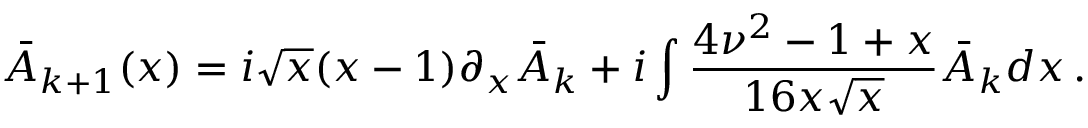
\bar { A } _ { k + 1 } ( x ) = i \sqrt { x } ( x - 1 ) \partial _ { x } \bar { A } _ { k } + i \int \frac { 4 \nu ^ { 2 } - 1 + x } { 1 6 x \sqrt { x } } \bar { A } _ { k } d x \, .